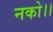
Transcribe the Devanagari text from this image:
नको।।